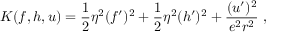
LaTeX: { \cal K } ( f , h , u ) = \frac 1 2 \eta ^ { 2 } ( f ^ { \prime } ) ^ { 2 } + \frac 1 2 \eta ^ { 2 } ( h ^ { \prime } ) ^ { 2 } + \frac { ( u ^ { \prime } ) ^ { 2 } } { e ^ { 2 } r ^ { 2 } } \ ,